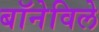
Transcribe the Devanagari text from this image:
बॉनेविले